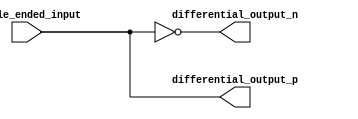
module differential_buffer (
    input single_ended_input,
    output differential_output_p,
    output differential_output_n
);

assign differential_output_p = single_ended_input;
assign differential_output_n = ~single_ended_input;

endmodule